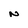
Character: N